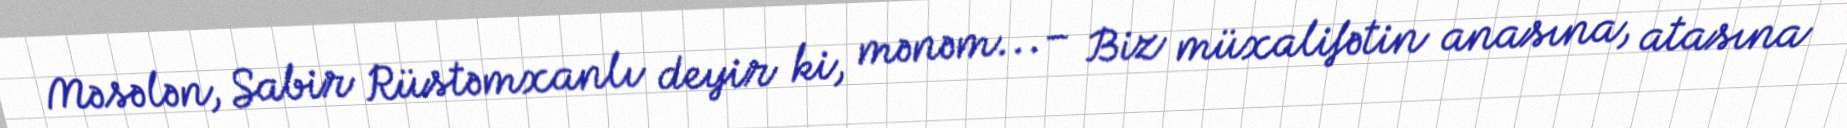
Məsələn, Sabir Rüstəmxanlı deyir ki, mənəm...– Biz müxalifətin anasına, atasına